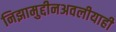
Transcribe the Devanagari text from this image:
निझामुद्दीनअवलीयाही